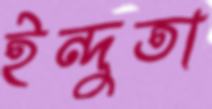
ইন্দুতা